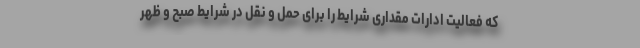
که فعالیت ادارات مقداری شرایط را برای حمل و نقل در شرایط صبح و ظهر